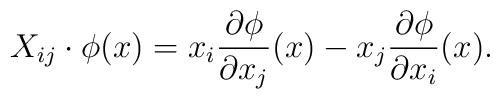
X_{ij}\cdot \phi(x) = x_i {\partial \phi \over \partial x_j}(x) -	x_j {\partial \phi\over \partial x_i}(x).